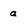
Character: a